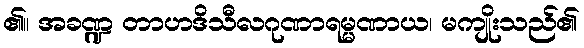
၏။ အခဏ္ဍ တာဟဒိသီလဂုဏာရမ္မဏာယ၊ မကျိုးသည်၏